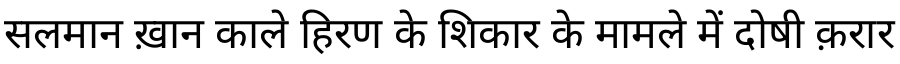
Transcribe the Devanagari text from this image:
सलमान ख़ान काले हिरण के शिकार के मामले में दोषी क़रार